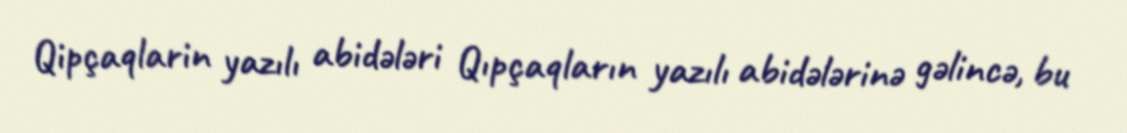
Qipçaqlarin yazılı abidələri Qıpçaqların yazılı abidələrinə gəlincə, bu